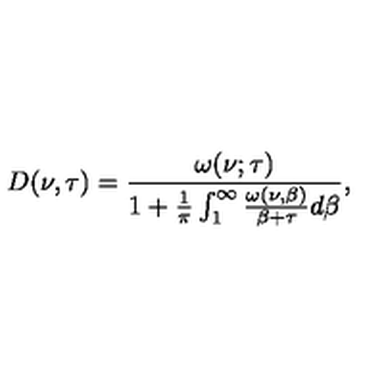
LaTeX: D ( \nu , \tau ) = \frac { \omega ( \nu ; \tau ) } { 1 + \frac { 1 } { \pi } \int _ { 1 } ^ { \infty } \frac { \omega ( \nu , \beta ) } { \beta + \tau } d \beta } ,